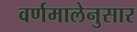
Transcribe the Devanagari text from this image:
वर्णमालेनुसार